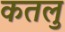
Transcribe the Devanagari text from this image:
कतलु